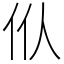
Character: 㐺